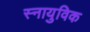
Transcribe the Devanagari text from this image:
स्नायुविक